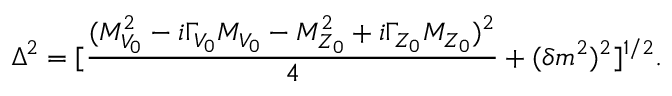
\Delta ^ { 2 } = [ \frac { ( M _ { V _ { 0 } } ^ { 2 } - i \Gamma _ { V _ { 0 } } M _ { V _ { 0 } } - M _ { Z _ { 0 } } ^ { 2 } + i \Gamma _ { Z _ { 0 } } M _ { Z _ { 0 } } ) ^ { 2 } } { 4 } + ( \delta m ^ { 2 } ) ^ { 2 } ] ^ { 1 / 2 } .